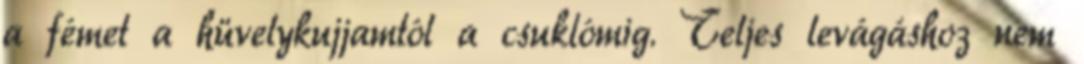
a fémet a hüvelykujjamtól a csuklómig. Teljes levágáshoz nem